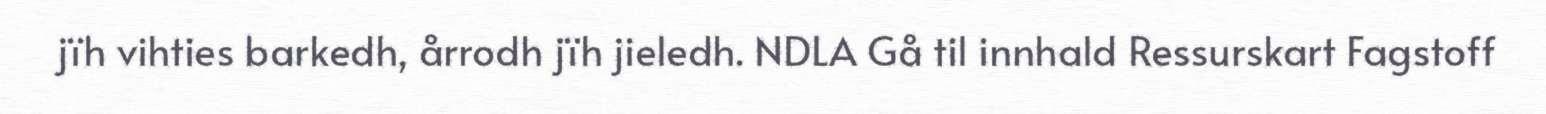
jïh vihties barkedh, årrodh jïh jieledh. NDLA Gå til innhald Ressurskart Fagstoff